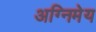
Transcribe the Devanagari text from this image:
अग्‍निमेय